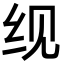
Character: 𬘖